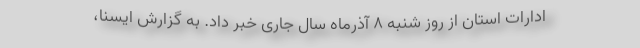
ادارات استان از روز شنبه ۸ آذرماه سال جاری خبر داد. به گزارش ایسنا،